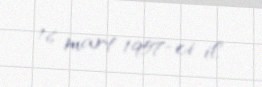
16 mart 1957-ci il